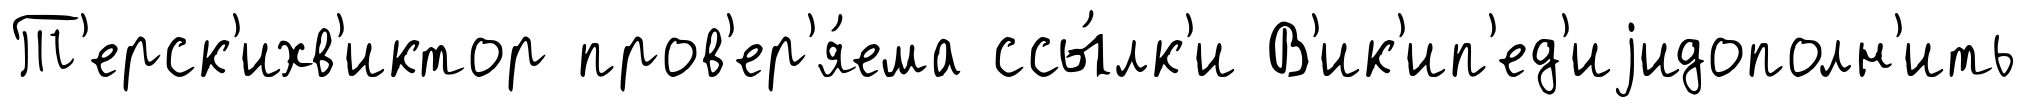
Т'ерск'ихв'иктор пров'ер'я́ема ссы́лк'и В'ик'ип'ед'иjидополн'ить